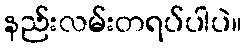
နည်းလမ်းတရပ်ပါပဲ။